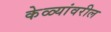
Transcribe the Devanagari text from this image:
केळ्यांवरील